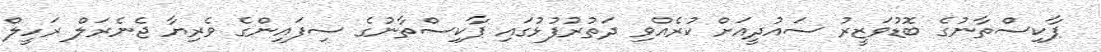
ޕާކިސްތާނުގެ ބޮޑުވަޒީރު ސައުދީއަށް ކުރެއްވި ދަތުރުފުޅުގައި ޕާކިސްތާނުގެ ސިފައިންގެ ވެރިޔާ ޖެނެރަލް ރަހީލް